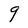
Character: g